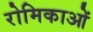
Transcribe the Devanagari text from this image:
रोमिकाओं